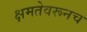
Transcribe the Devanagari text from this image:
क्षमतेवरूनच